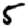
Digit: 5